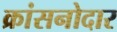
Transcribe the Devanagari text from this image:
क्रांसनोदार